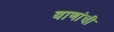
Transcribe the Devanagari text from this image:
बाणांची